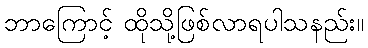
ဘာကြောင့် ထိုသို့ဖြစ်လာရပါသနည်း။